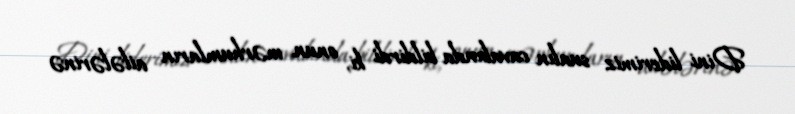
Dini liderimiz sualın cavabında bildirdi ki, onun mərhumların ailələrinə